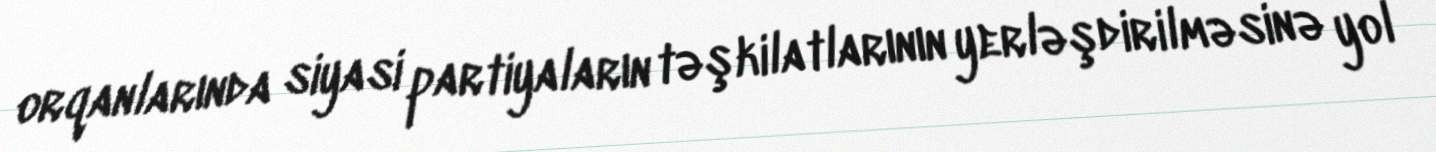
orqanlarında siyasi partiyaların təşkilatlarının yerləşdirilməsinə yol